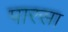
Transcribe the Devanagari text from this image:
पारसा